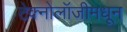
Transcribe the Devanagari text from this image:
टेक्नोलॉजीमधून